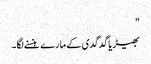
"
بھیڑیا گدگدی کے مارے ہنسنے لگا۔